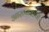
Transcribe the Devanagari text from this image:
आरण्यकाचा